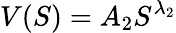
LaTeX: V(S)=A_{2}S^{\lambda_{2}}